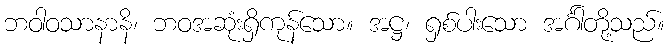
ဘဝါဝသာနာနိ၊ ဘဝအဆုံးရှိကုန်သော။ အဋ္ဌ၊ ရှစ်ပါးသော အင်္ဂါတို့သည်။